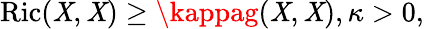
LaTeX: \operatorname{Ric}(\mathit{X},\mathit{X})\geq\kappag(\mathit{X},\mathit{X}),\kappa>0,